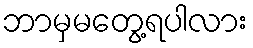
ဘာမှမတွေ့ရပါလား